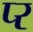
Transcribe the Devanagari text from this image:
प्‍र